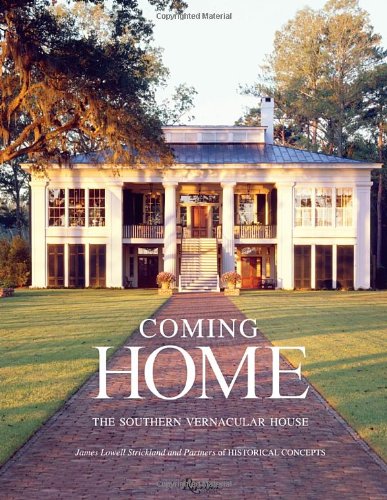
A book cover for Coming Home: The Southern Vernacular House; James Lowell Strickland; Crafts, Hobbies & Home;